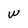
Character: W